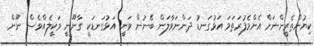
ކިޔުންތެރީންނަށް އެންމެފުރަތަމަ އަޅުގަނޑު ދަންނަވާލަން ބޭނުން ވަނީ އަޅުގަނޑަކީ ގާނޫނީ ވަކީލެއްވެސް ނޫން.